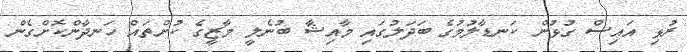
ރުޅި އައިސް ގުޅުން ކަނޑާލުމުގެ ބަދަލުގައި މާއިޝާ ބުނެލީ މާޒީގެ ކުށްތައް ހަނދާންކޮށްގެން